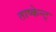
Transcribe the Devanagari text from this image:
ताष्केन्ट्